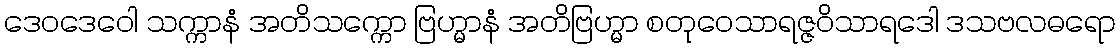
ဒေဝဒေဝေါ သက္ကာနံ အတိသက္ကော ဗြဟ္မာနံ အတိဗြဟ္မာ စတုဝေသာရဇ္ဇဝိသာရဒေါ ဒသဗလဓရော